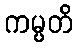
ကမ္ပတိ